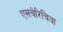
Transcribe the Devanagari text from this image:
एसचेरिचिया